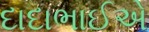
દાદાભાઈએ